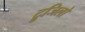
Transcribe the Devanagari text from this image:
ट्रुजिलो